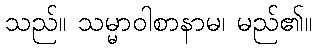
သည်။ သမ္မာဝါစာနာမ၊ မည်၏။